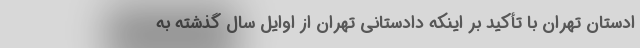
ادستان تهران با تأکید بر اینکه دادستانی تهران از اوایل سال گذشته به